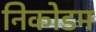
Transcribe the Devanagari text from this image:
निकोडम